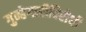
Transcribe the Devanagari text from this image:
गुन्हेगारीविरोधी